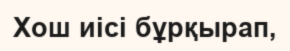
Хош иісі бұрқырап,